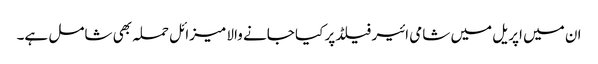
ان میں اپریل میں شامی ائیر فیلڈ پر کیا جانے والا میزائل حملہ بھی شامل ہے۔